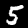
Label: 5